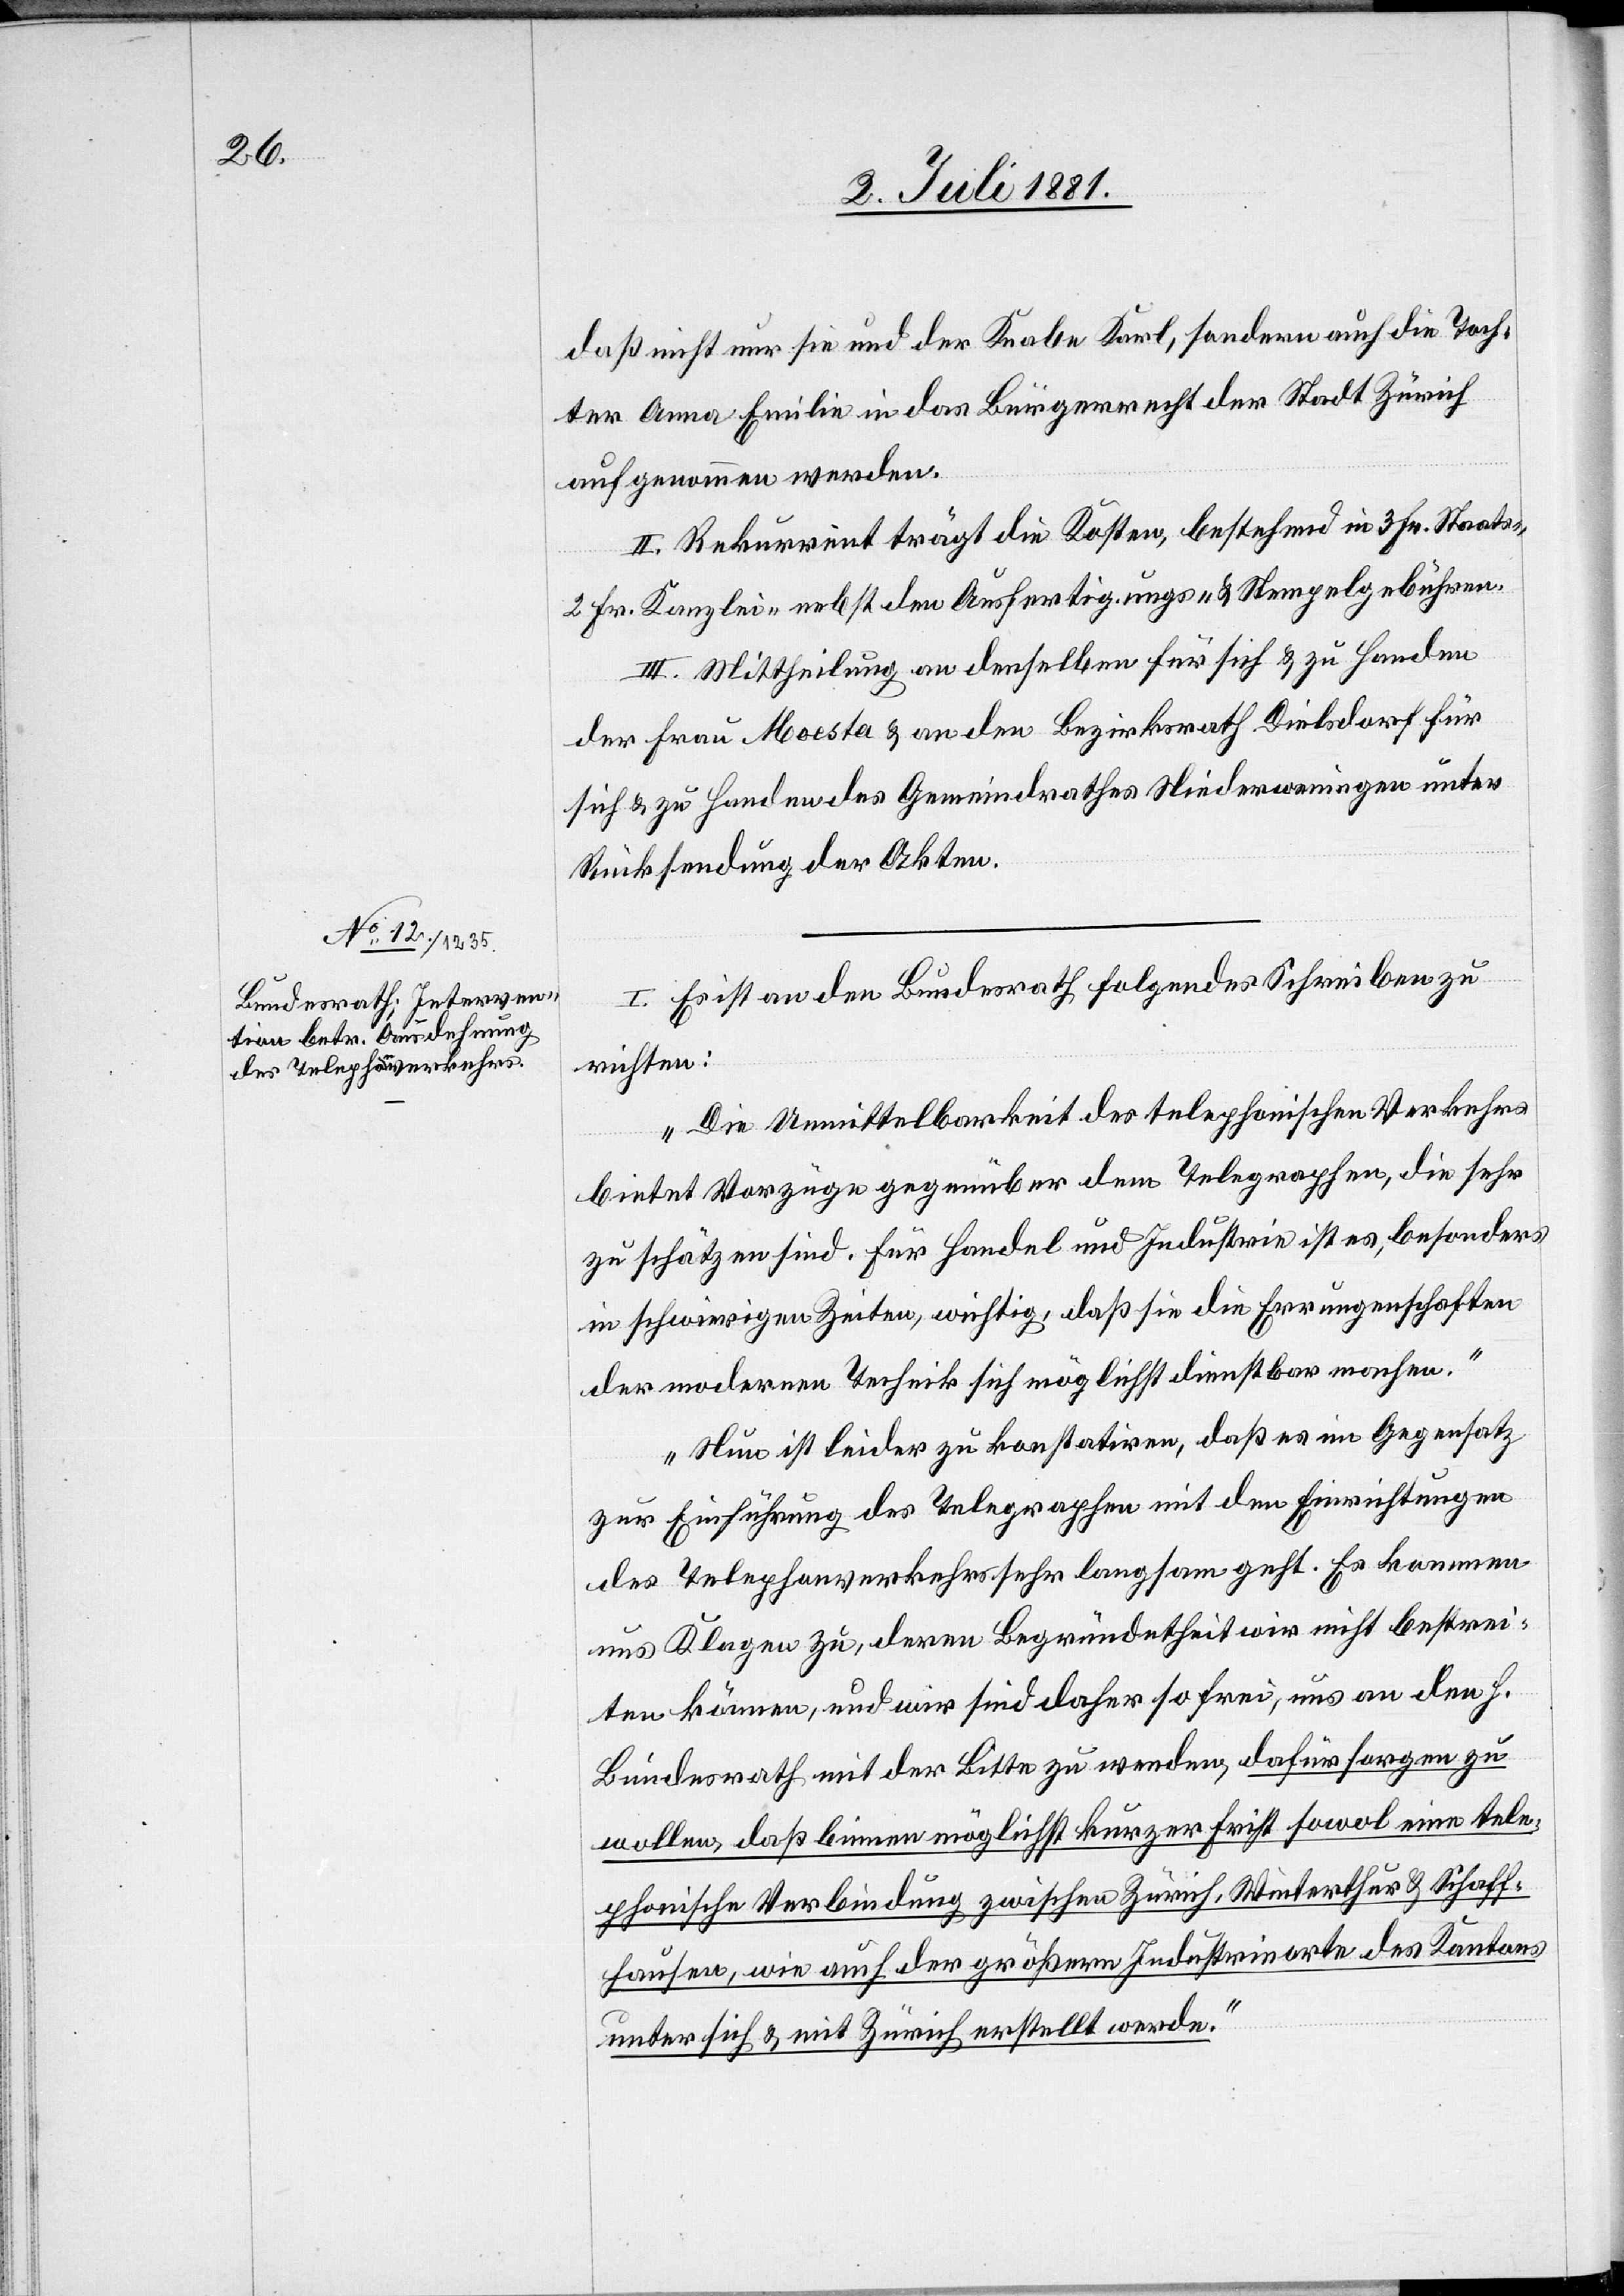
daß nicht nur sie und der Knabe Karl, sondern auch die Toch¬
ter Anna Emilie in das Bürgerrecht der Stadt Zürich
aufgenommen werden.
II. Rekurrent trägt die Kosten, bestehend in 3 Fr. Staats-,
2 Fr Kanzlei- nebst den Ausfertigungs- & Stempelgebühren.
III. Mittheilung an denselben für sich & zu Handen
der Frau Moesta & an den Bezirksrath Dielsdorf für
sich & zu Handen des Gemeindrathes Niederweningen unter
Rücksendung der Akten.
I. Es ist an den Bundesrath folgendes Schreiben zu
richten:
„Die Unmittelbarkeit des telephonischen Verkehrs
bietet Vorzüge gegenüber dem Telegraphen, die sehr
zu schätzen sind. Für Handel und Industrie ist es, besonders
in schwierigen Zeiten, wichtig, daß sie die Errungenschaften
der modernen Technik sich möglichst dienstbar machen.
Nun ist leider zu konstatiren, daß es im Gegensatz
zur Einführung des Telegraphen mit den Einrichtungen
des Telephonverkehrs sehr langsam geht. Es kommen
uns Klagen zu, deren Begründetheit wir nicht bestrei¬
ten können, und wir sind daher so frei, uns an den h.
Bundesrath mit der Bitte zu wenden, dafür sorgen zu
wollen, daß binnen möglichst kurzer Frist sowol eine tele¬
phonische Verbindung zwischen Zürich, Winterthur & Schaff¬
hausen, wie auch der größern Industrieorte des Kantons
unter sich & mit Zürich erstellt werde.